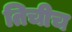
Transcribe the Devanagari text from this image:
तिचीच